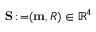
\mathbf { S } \operatorname { \mathrm { : = } } ( \mathbf { m } , R ) \in \mathbb { R } ^ { 4 }